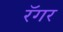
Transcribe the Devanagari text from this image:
रॅगर